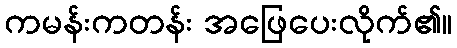
ကမန်းကတန်း အဖြေပေးလိုက်၏။